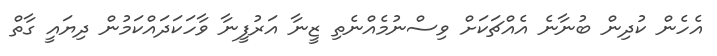
އެހެން ކުދިން ބުނާނެ އެއްޗަކަށް ވިސްނުމެއްނެތި ޒީނާ އަރުފީނާ ވާހަކަދައްކަމުން ދިޔައީ ގާތް